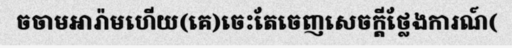
ចចាមអារ៉ាមហើយ(គេ)ចេះតែចេញសេចក្តីថ្លែងការណ៍(